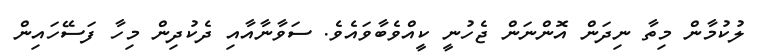
ލުކުމާން މިތާ ނިދަން އޮންނަން ޖެހުނީ ކީއްވެބާވައެވެ. ސަވާނާއާއި ދެކުދިން މިހާ ފަސޭހައިން